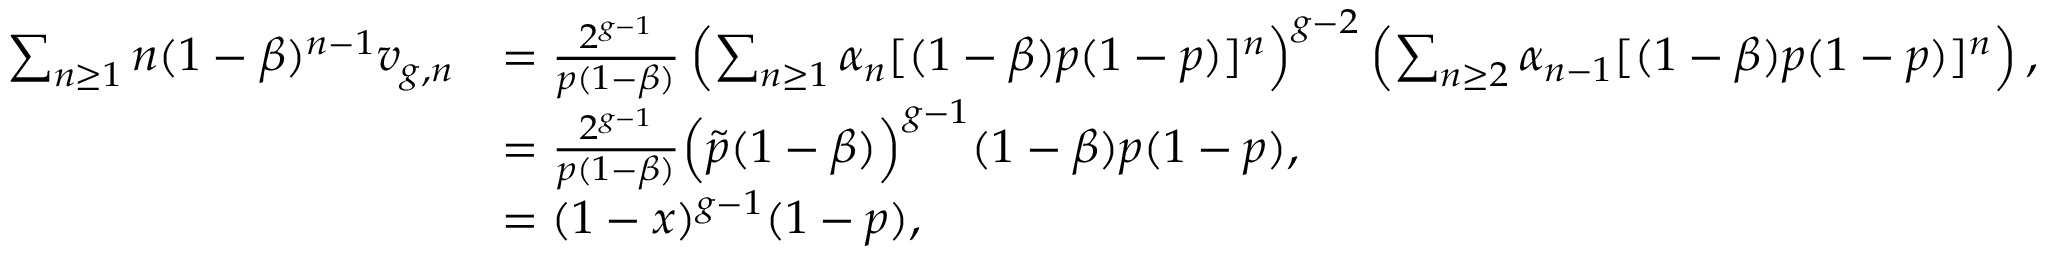
\begin{array} { r l } { \sum _ { n \geq 1 } n ( 1 - \beta ) ^ { n - 1 } v _ { g , n } } & { = \frac { 2 ^ { g - 1 } } { p ( 1 - \beta ) } \left( \sum _ { n \geq 1 } \alpha _ { n } [ ( 1 - \beta ) p ( 1 - p ) ] ^ { n } \right) ^ { g - 2 } \left( \sum _ { n \geq 2 } \alpha _ { n - 1 } [ ( 1 - \beta ) p ( 1 - p ) ] ^ { n } \right) , } \\ & { = \frac { 2 ^ { g - 1 } } { p ( 1 - \beta ) } \Big ( \tilde { p } ( 1 - \beta ) \Big ) ^ { g - 1 } ( 1 - \beta ) p ( 1 - p ) , } \\ & { = ( 1 - x ) ^ { g - 1 } ( 1 - p ) , } \end{array}